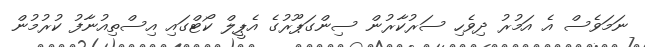
ނަމަވެސް އެ އަމުރު ދިވެހި ސަރުކާރުން ސިންގަޕޫރުގެ އެޕީލް ކޯޓްގައި އިސްތިއުނާފު ކުރުމުން